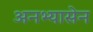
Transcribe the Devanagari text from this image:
अनभ्यासेन